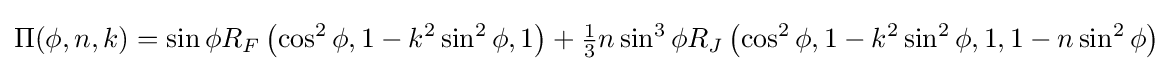
\Pi (\phi ,n,k)=\sin \phi R_{F}\left(\cos ^{2}\phi ,1-k^{2}\sin ^{2}\phi ,1\right)+{\tfrac {1}{3}}n\sin ^{3}\phi R_{J}\left(\cos ^{2}\phi ,1-k^{2}\sin ^{2}\phi ,1,1-n\sin ^{2}\phi \right)